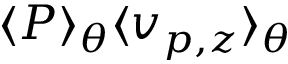
\langle P \rangle _ { \theta } \langle v _ { p , z } \rangle _ { \theta }